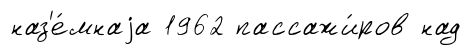
наз'е́мнаjа 1962 пассажи́ров над